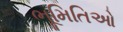
ભૂમિતિઓ